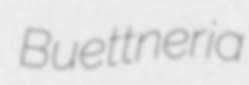
Buettneria